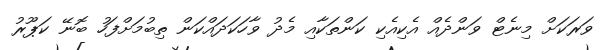
ވަރަކަށް މިނެޓް ވަންދެއް އެކިއެކި ކަންތަކާއި މެދު ވާހަކަދައްކަން ތިބުމަށްފަހު ބޮނޭ ކަޕޫރު